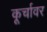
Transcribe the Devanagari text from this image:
कूर्चावर